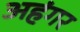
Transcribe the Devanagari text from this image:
अहंगर